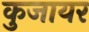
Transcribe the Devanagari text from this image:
कुजायर